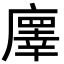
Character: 𢋇